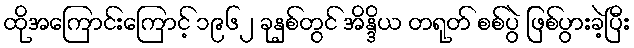
ထိုအကြောင်းကြောင့် ၁၉၆၂ ခုနှစ်တွင် အိန္ဒိယ တရုတ် စစ်ပွဲ ဖြစ်ပွားခဲ့ပြီး